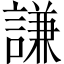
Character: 謙